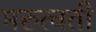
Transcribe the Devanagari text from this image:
मरुत्वती